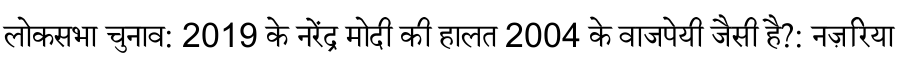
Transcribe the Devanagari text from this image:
लोकसभा चुनाव: 2019 के नरेंद्र मोदी की हालत 2004 के वाजपेयी जैसी है?: नज़रिया